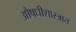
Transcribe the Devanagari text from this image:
औषधीशास्त्रात